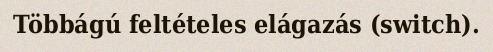
Többágú feltételes elágazás (switch).